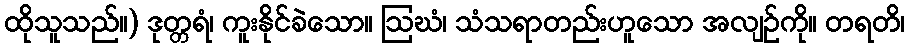
ထိုသူသည်။) ဒုတ္တရံ၊ ကူးနိုင်ခဲသော။ ဩဃံ၊ သံသရာတည်းဟူသော အလျဉ်ကို။ တရတိ၊